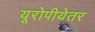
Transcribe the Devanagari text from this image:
यूरोपीयेतर